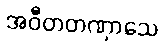
အဝီတတဏှာသေ